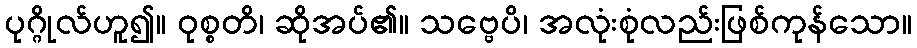
ပုဂ္ဂိုလ်ဟူ၍။ ဝုစ္စတိ၊ ဆိုအပ်၏။ သဗ္ဗေပိ၊ အလုံးစုံလည်းဖြစ်ကုန်သော။